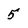
Character: 5